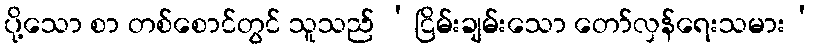
ပို့သော စာ တစ်စောင်တွင် သူသည် ‘ငြိမ်းချမ်းသော တော်လှန်ရေးသမား’